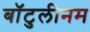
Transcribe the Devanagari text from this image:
बॉटुलीनम